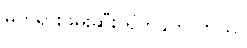
မတရားဖမ်းဆီး ရိုက်နှက် တယ်။